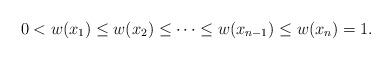
LaTeX: \begin{align*} 0<w(x_1)\le w(x_2)\le\dots \le w(x_{n-1})\le w(x_n)=1.\end{align*}